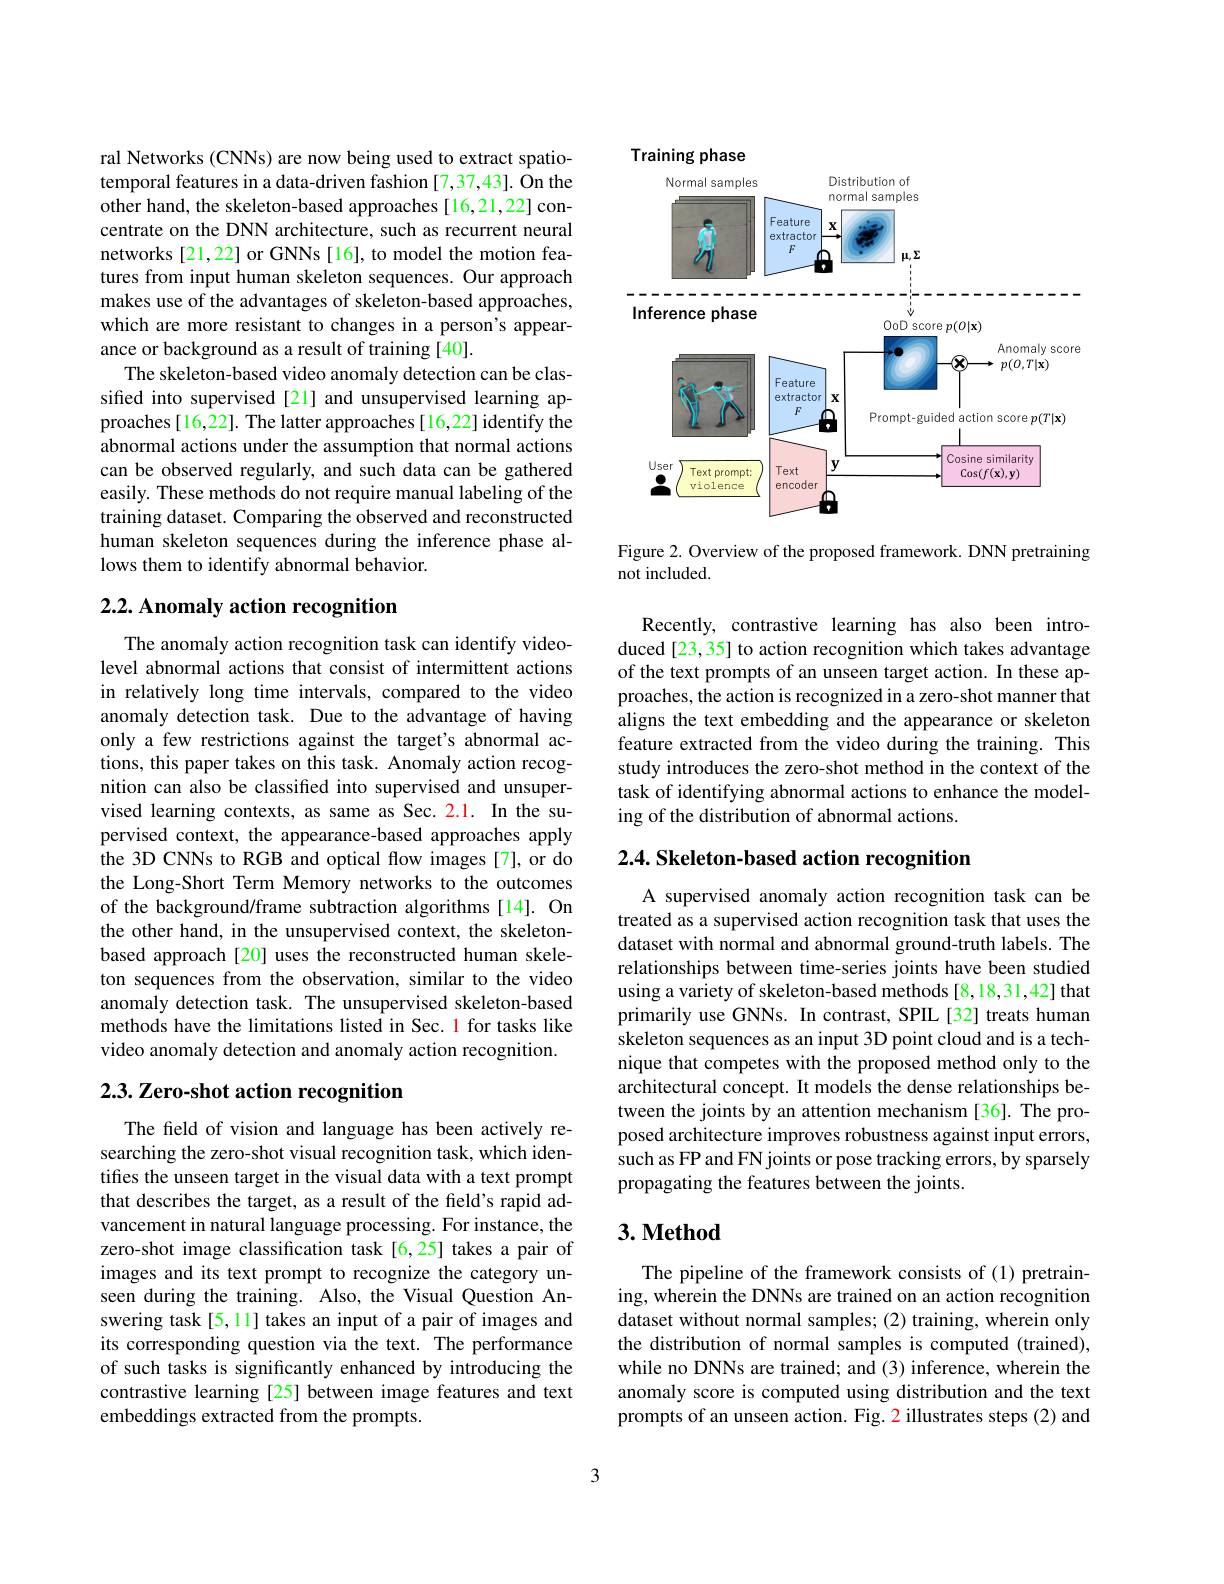
ral Networks (CNNs) are now being used to extract spatiotemporal features in a data-driven fashion [7,37,43]. On the other hand, the skeleton-based approaches[16,21,22] concentrate on the DNN architecture, such as recurrent neural networks [21,22] or GNNs [16], to model the motion features from input human skeleton sequences. Our approach makes use of the advantages of skeleton-based approaches, which are more resistant to changes in a person's appearance or background as a result of training [40].
The skeleton-based video anomaly detection can be classified into supervised [21] and unsupervised learning approaches [16,22]. The latter approaches [16,22] identify the abnormal actions under the assumption that normal actions can be observed regularly, and such data can be gathered easily. These methods do not require manual labeling of the training dataset. Comparing the observed and reconstructed human skeleton sequences during the inference phase allows them to identify abnormal behavior.

## 2.2. Anomaly action recognition

The anomaly action recognition task can identify videolevel abnormal actions that consist of intermittent actions in relatively long time intervals, compared to the video anomaly detection task. Due to the advantage of having only a few restrictions against the target's abnormal actions, this paper takes on this task. Anomaly action recognition can also be classified into supervised and unsupervised learning contexts, as same as Sec. 2.1. In the supervised context, the appearance-based approaches apply the 3D CNNs to RGB and optical flow images [7], or do the Long-Short Term Memory networks to the outcomes of the background/frame subtraction algorithms[14]. On the other hand, in the unsupervised context, the skeletonbased approach[20] uses the reconstructed human skeleton sequences from the observation, similar to the video anomaly detection task. The unsupervised skeleton-based methods have the limitations listed in Sec. 1 for tasks like video anomaly detection and anomaly action recognition

## $2. 3. \textbf{ Zero- shot action recognition}$

The field of vision and language has been actively researching the zero-shot visual recognition task, which identifies the unseen target in the visual data with a text prompt that describes the target, as a result of the field's rapid advancement in natural language processing. For instance, the zero-shot image classification task [6,25] takes a pair of images and its text prompt to recognize the category unseen during the training. Also, the Visual Question Answering task[5,11] takes an input of a pair of images and its corresponding question via the text. The performance of such tasks is significantly enhanced by introducing the contrastive learning [25] between image features and text embeddings extracted from the prompts.

<FigureHere>

Figure 2. Overview of the proposed framework. DNN pretraining
not included.

Recently, contrastive learning has also been introduced[23,35] to action recognition which takes advantage of the text prompts of an unseen target action. In these approaches, the action is recognized in a zero-shot manner that aligns the text embedding and the appearance or skeleton feature extracted from the video during the training. This study introduces the zero-shot method in the context of the task of identifying abnormal actions to enhance the modeling of the distribution of abnormal actions.

$2. 4. \textbf{ Skeleton- based action recognition}$

A supervised anomaly action recognition task can be treated as a supervised action recognition task that uses the dataset with normal and abnormal ground-truth labels. The relationships between time-series joints have been studied using a variety of skeleton-based methods [8,18,31,42] that primarily use GNNs. In contrast, SPIL[32] treats human skeleton sequences as an input 3D point cloud and is a technique that competes with the proposed method only to the architectural concept. It models the dense relationships between the joints by an attention mechanism [36]. The proposed architecture improves robustness against input errors, such as FP and FN joints or pose tracking errors, by sparsely propagating the features between the joints.

## $3. \textbf{Method}$

The pipeline of the framework consists of (1) pretraining, wherein the DNNs are trained on an action recognition dataset without normal samples; (2) training, wherein only the distribution of normal samples is computed (trained), while no DNNs are trained; and (3) inference, wherein the anomaly score is computed using distribution and the text prompts of an unseen action. Fig. 2 illustrates steps (2) and

3